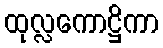
ထုလ္လကောဋ္ဌိကာ